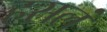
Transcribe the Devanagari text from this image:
हसलं